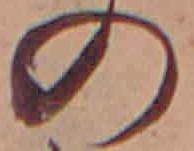
の